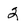
Character: 2